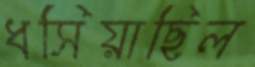
ধসিয়াছিল